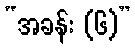
“အခန်း (၆)”